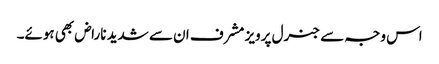
اس وجہ سے جنرل پرویز مشرف ان سے شدید ناراض بھی ہوئے۔